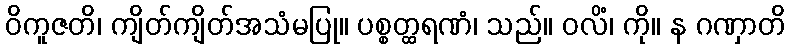
ဝိကူဇတိ၊ ကျိတ်ကျိတ်အသံမပြု။ ပစ္စတ္ထရဏံ၊ သည်။ ဝလိံ၊ ကို။ န ဂဏှာတိ